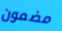
مضمون